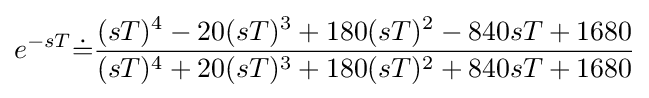
e^{-sT}{\dot {=}}{\frac {(sT)^{4}-20(sT)^{3}+180(sT)^{2}-840sT+1680}{(sT)^{4}+20(sT)^{3}+180(sT)^{2}+840sT+1680}}